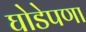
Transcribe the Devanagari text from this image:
घोडेपणा